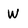
Character: W